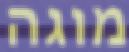
מוגה